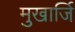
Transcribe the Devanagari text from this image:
मुखार्जि